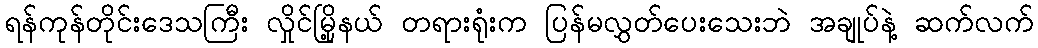
ရန်ကုန်တိုင်းဒေသကြီး လှိုင်မြို့နယ် တရားရုံးက ပြန်မလွှတ်ပေးသေးဘဲ အချုပ်နဲ့ ဆက်လက်